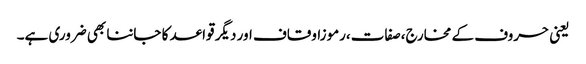
یعنی حروف کے مخارج،صفات،رموزاوقاف اور دیگر قواعد کا جاننا بھی ضروری ہے۔